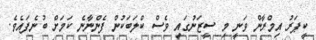
ކީޕަރު އިމްރާން ވަނީ މި ސީޒަނުގައި ވެސް ކްލަބަކުން ފެންނާނެ ކަމަށް ބުނެފައެވެ.